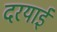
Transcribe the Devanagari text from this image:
दरयाई